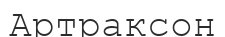
Артраксон